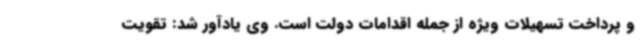
و پرداخت تسهیلات ویژه از جمله اقدامات دولت است. وی یادآور شد: تقویت